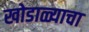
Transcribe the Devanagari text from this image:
खोडाळ्याचा